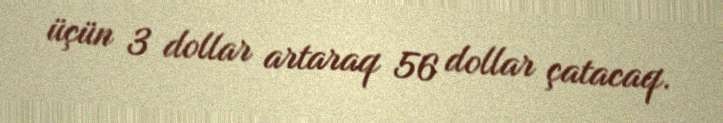
üçün 3 dollar artaraq 56 dollar çatacaq.